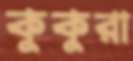
কুকুরা